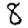
Digit: 8